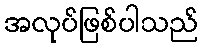
အလုပ်ဖြစ်ပါသည်